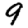
Digit: 9